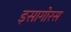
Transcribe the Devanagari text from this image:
इसागोरस